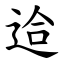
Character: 䢔